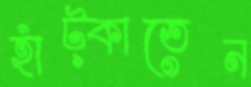
হাঁট্‌কাতেন